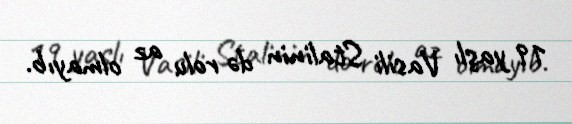
19 yaşlı Vasili Stalinin də rolu az olmayıb.